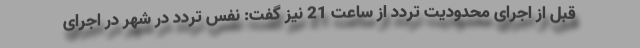
قبل از اجرای محدودیت تردد از ساعت 21 نیز گفت: نفس تردد در شهر در اجرای